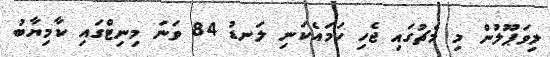
ލިވަޕޫލުން މި މެޗުގައި ޖެހި ހަމައެކަނި ލަނޑު 84 ވަަނަ މިނިޓްގައި ކާމިޔާބު